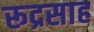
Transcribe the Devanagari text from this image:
रूद्रसाह